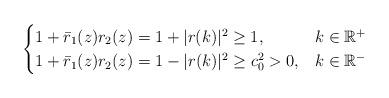
LaTeX: \begin{align*}\begin{cases}1+\bar{r}_1(z) r_2(z)=1+|r(k)|^{2} \geq 1, & k \in \mathbb{R}^{+} \\ 1+\bar{r}_1(z)r_2(z)=1-|r(k)|^{2} \geq c_{0}^{2}>0, & k \in \mathbb{R}^{-}\end{cases}\end{align*}